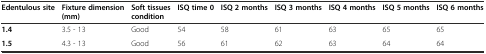
<table><thead><tr><td><b>Edentulous site</b></td><td><b>Fixture dimension (mm)</b></td><td><b>Soft tissues condition</b></td><td><b>ISQ time 0</b></td><td><b>ISQ 2 months</b></td><td><b>ISQ 3 months</b></td><td><b>ISQ 4 months</b></td><td><b>ISQ 5 months</b></td><td><b>ISQ 6 months</b></td></tr></thead><tbody><tr><td><b>1.4</b></td><td>3.5 - 13</td><td>Good</td><td>54</td><td>58</td><td>61</td><td>63</td><td>65</td><td>65</td></tr><tr><td><b>1.5</b></td><td>4.3 - 13</td><td>Good</td><td>56</td><td>61</td><td>62</td><td>63</td><td>64</td><td>64</td></tr></tbody></table>